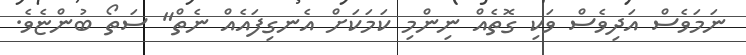
ނަމަވެސް އަދިވެސް ވަކި ގޮތެއް ނިންމި ކަމަކަށް އެނގިފައެއް ނެތް" ސަތޯ ބުންޏެވެ.